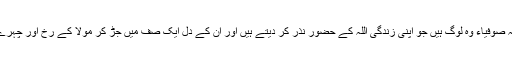
اسی سے ’’صوفی‘‘ مشتق ہے کہ صوفیاء وہ لوگ ہیں جو اپنی زندگی اللہ کے حضور نذر کر دیتے ہیں اور ان کے دل ایک صف میں جڑ کر مولا کے رُخ اور چہرے کے سامنے کھڑے رہتے ہیں۔